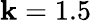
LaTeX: \mathbf{k}=1.5